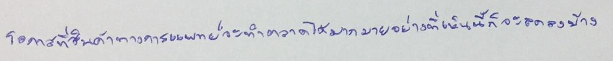
โอกาสที่สินค้าทางการแพทย์จะทำตลาดได้มากมายอย่างที่เห็นนี้ก็จะลดลงบ้าง